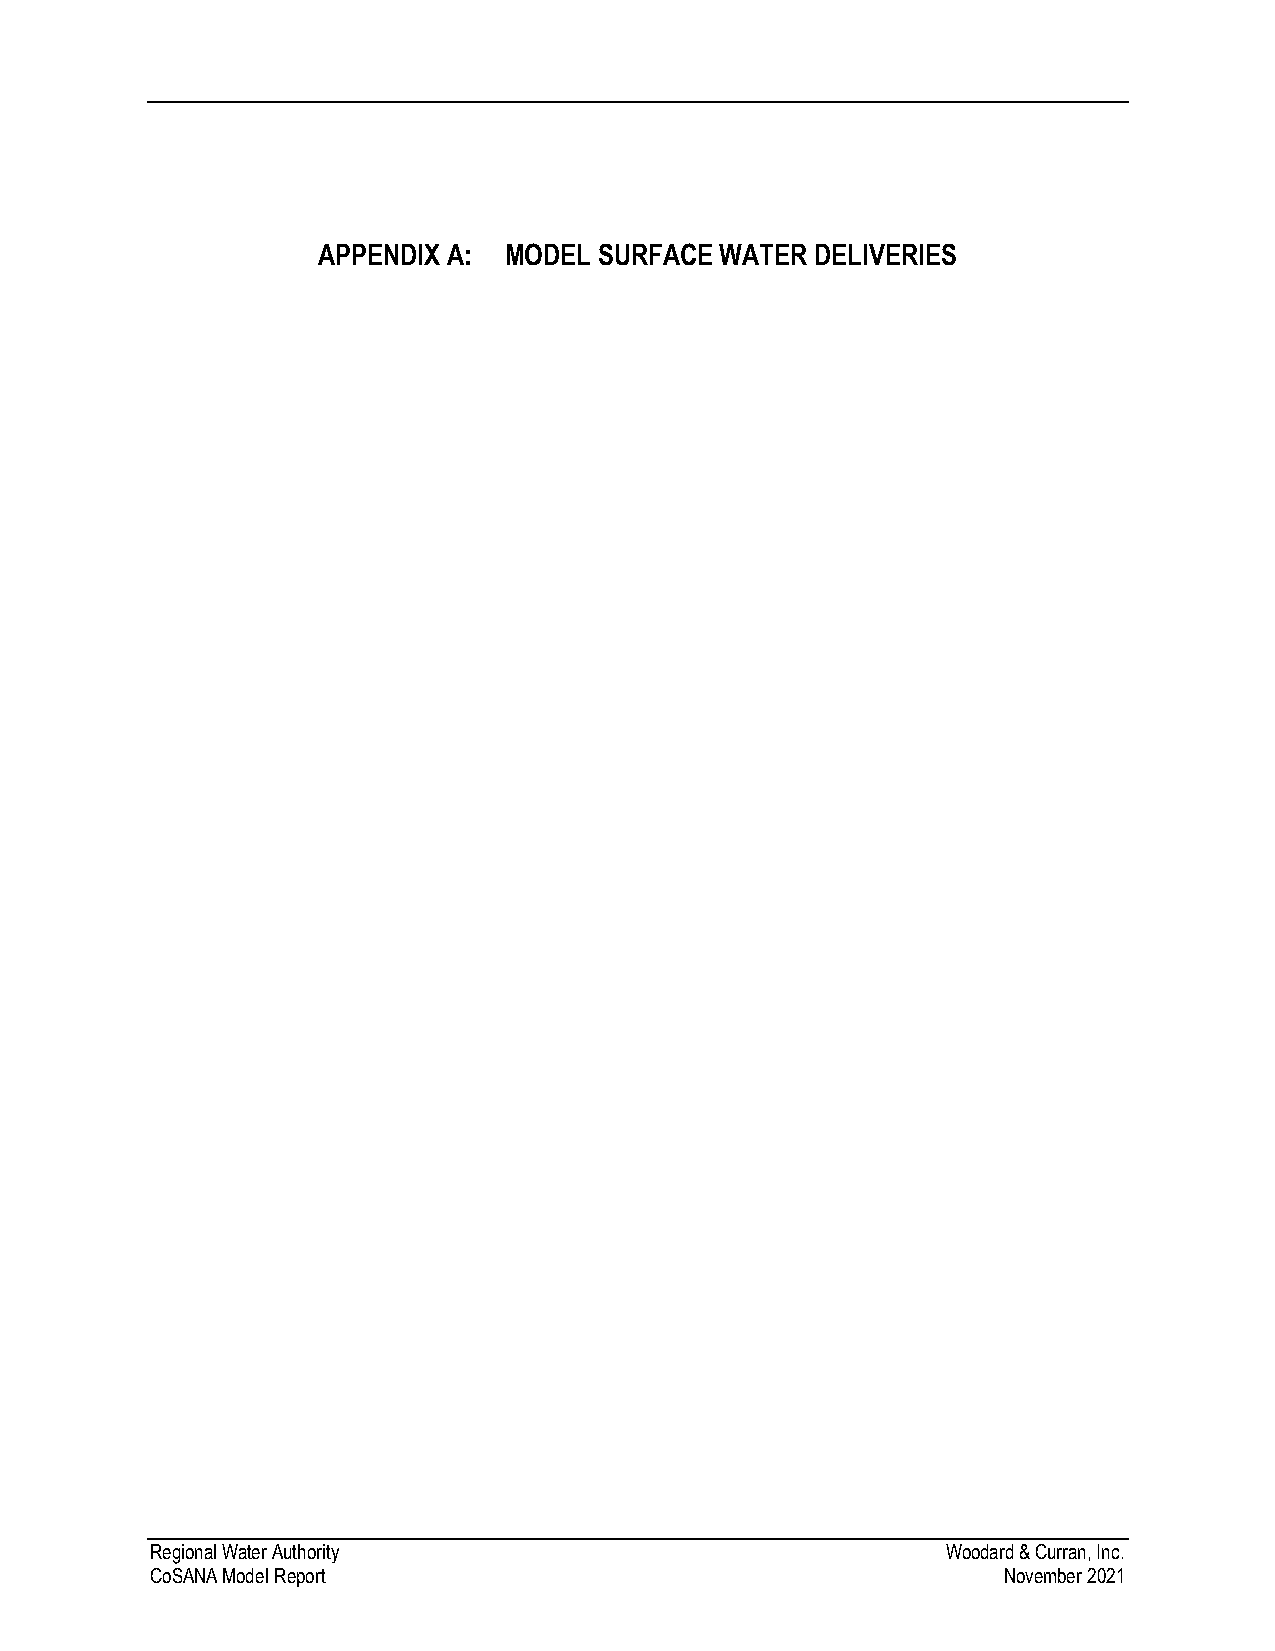
APPENDIX A: MODEL  SURFACE WATER DELIVERIES
 Regional Water Authority                             Woodard & Curran, Inc.
 CoSANA Model Report                                     November 2021